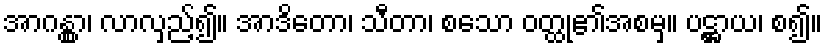
အာဂန္တွာ၊ လာလှည့်၍။ အာဒိတော၊ သီတာ၊ စသော ဝတ္ထု၏အစမှ။ ပဋ္ဌာယ၊ စ၍။